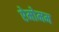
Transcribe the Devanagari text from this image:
ऐमोमम